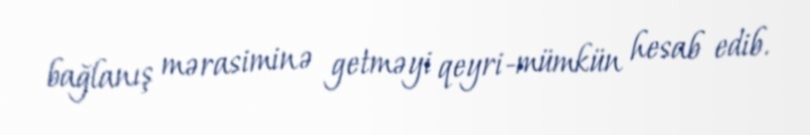
bağlanış mərasiminə getməyi qeyri-mümkün hesab edib.